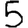
Digit: 5